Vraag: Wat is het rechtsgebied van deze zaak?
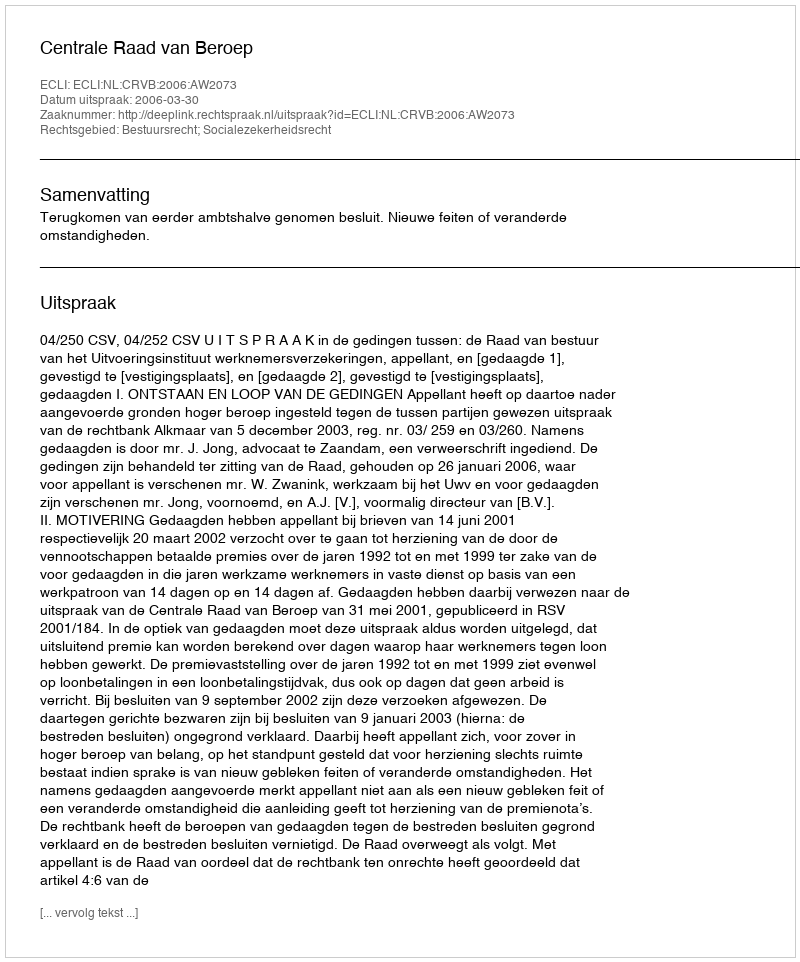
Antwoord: Bestuursrecht; Socialezekerheidsrecht